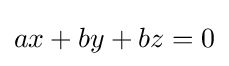
ax+by+bz=0